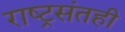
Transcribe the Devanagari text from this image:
राष्ट्रसंतही